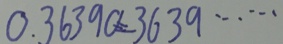
0 . 3 6 3 9 0 = 3 6 3 9 \cdots